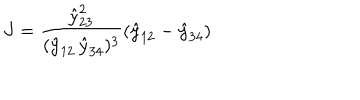
J = \frac { \hat { y } _ { 2 3 } ^ { 2 } } { ( \hat { y } _ { 1 2 } \, \hat { y } _ { 3 4 } ) ^ { 3 } } ( \hat { y } _ { 1 2 } - \hat { y } _ { 3 4 } )